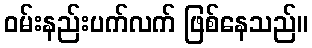
ဝမ်းနည်းပက်လက် ဖြစ်နေသည်။